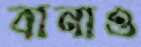
বানাও